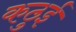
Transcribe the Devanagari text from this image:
कठुई